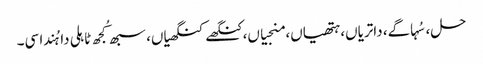
حل، سُہاگے، داتریاں، ہتھیاں، منجیاں، کنگھے کنگھیاں، سبھ کُجھ ٹاہلی دا ہُندا سی۔